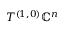
T ^ { ( 1 , 0 ) } \mathbb { C } ^ { n }